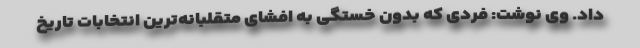
داد. وی نوشت: فردی که بدون خستگی به افشای متقلبانه‌ترین انتخابات تاریخ